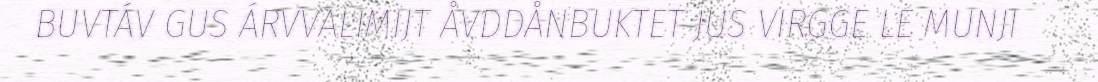
BUVTÁV GUS ÁRVVALIMIJT ÅVDDÅNBUKTET JUS VIRGGE LE MUNJI